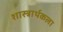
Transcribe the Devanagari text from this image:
शास्त्रार्थकला